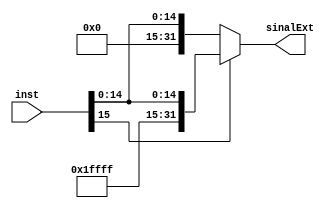
module extensorSinal (input wire [15:0] inst, output wire[31:0] sinalExt);
	
	reg [31:0] e;
	
	always @ (inst)
	begin
		if (inst[15] == 0)
			e = inst;
		else
			e = {16'b1111111111111111, inst};
	end
	
	assign sinalExt = e;

endmodule

//modulo q possui uma entrada de 16 bits e gera uma saida de 32